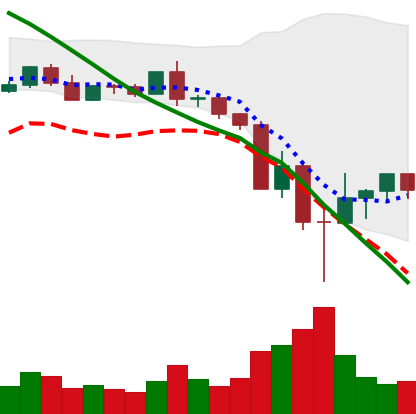
Ticker: BNB-USD
Chart end date: 2022-05-16
Forward return: 4.957%
Label: up_3_5